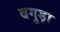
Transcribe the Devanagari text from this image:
बगुड़ा